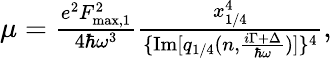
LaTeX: \begin{array}{r}{\mu=\frac{e^{2}F_{\mathrm{max},1}^{2}}{4\hbar\omega^{3}}\frac{x_{1/4}^{4}}{\{ \mathrm{Im}[q_{1/4}(n,\frac{i\Gamma+\Delta}{\hbar\omega})]\} ^{4}},}\end{array}